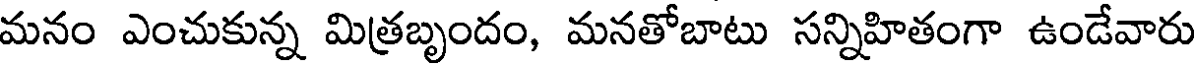
మనం ఎంచుకున్న మిత్రబృందం, మనతోబాటు సన్నిహితంగా ఉండేవారు